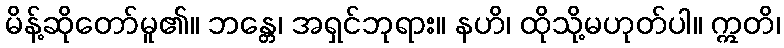
မိန့်ဆိုတော်မူ၏။ ဘန္တေ၊ အရှင်ဘုရား။ နဟိ၊ ထိုသို့မဟုတ်ပါ။ ဣတိ၊